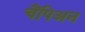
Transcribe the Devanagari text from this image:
चैंपिअन